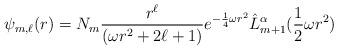
LaTeX: \begin{align*}\psi_{m,\ell}(r)=N_m\frac{r^{\ell}}{(\omega r^2+2\ell+1)}e^{-\frac{1}{4}\omega r^2}\hat{L}_{m+1}^{\alpha}(\frac{1}{2}\omega r^2)\end{align*}